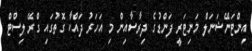
އިންޓަނޭޝަނަލް މަނިޓަރީ ފަންޑުގެ ދިރާސާއިން މި އަހަރު ދައްކާ ގޮތުގައި ގްރޭ ލިސްޓް